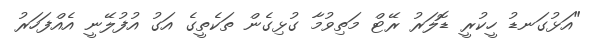
"އަޅުގަނޑު ހީކުރީ ޑޮލަރު ރޭޓް މަތިވުމާ ގުޅިގެން ތަކެތީގެ އަގު އުފުލޭނީ އެއްފަހަރު